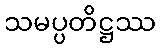
သမပ္ပတိဋ္ဌဿ